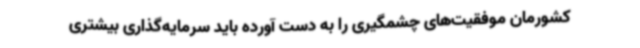
کشورمان موفقیت‌های چشمگیری را به دست آورده باید سرمایه‌گذاری بیشتری